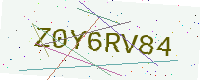
Text: Z0Y6RV84